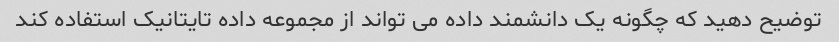
توضیح دهید که چگونه یک دانشمند داده می تواند از مجموعه داده تایتانیک استفاده کند